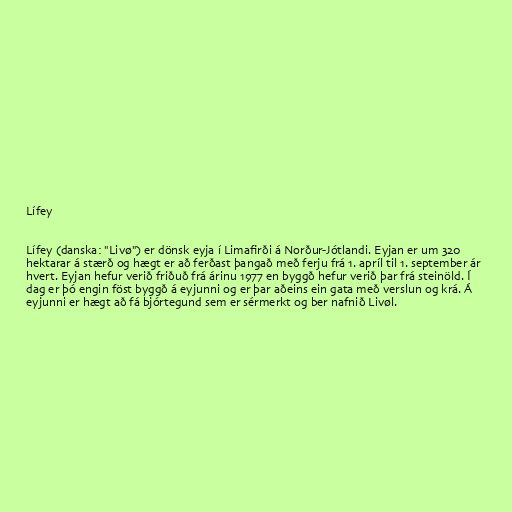
Lífey

Lífey (danska: "Livø") er dönsk eyja í Limafirði á Norður-Jótlandi. Eyjan er um 320
hektarar á stærð og hægt er að ferðast þangað með ferju frá 1. apríl til 1. september ár
hvert. Eyjan hefur verið friðuð frá árinu 1977 en byggð hefur verið þar frá steinöld. Í
dag er þó engin föst byggð á eyjunni og er þar aðeins ein gata með verslun og krá. Á
eyjunni er hægt að fá bjórtegund sem er sérmerkt og ber nafnið Livøl.